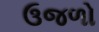
ઉજળો